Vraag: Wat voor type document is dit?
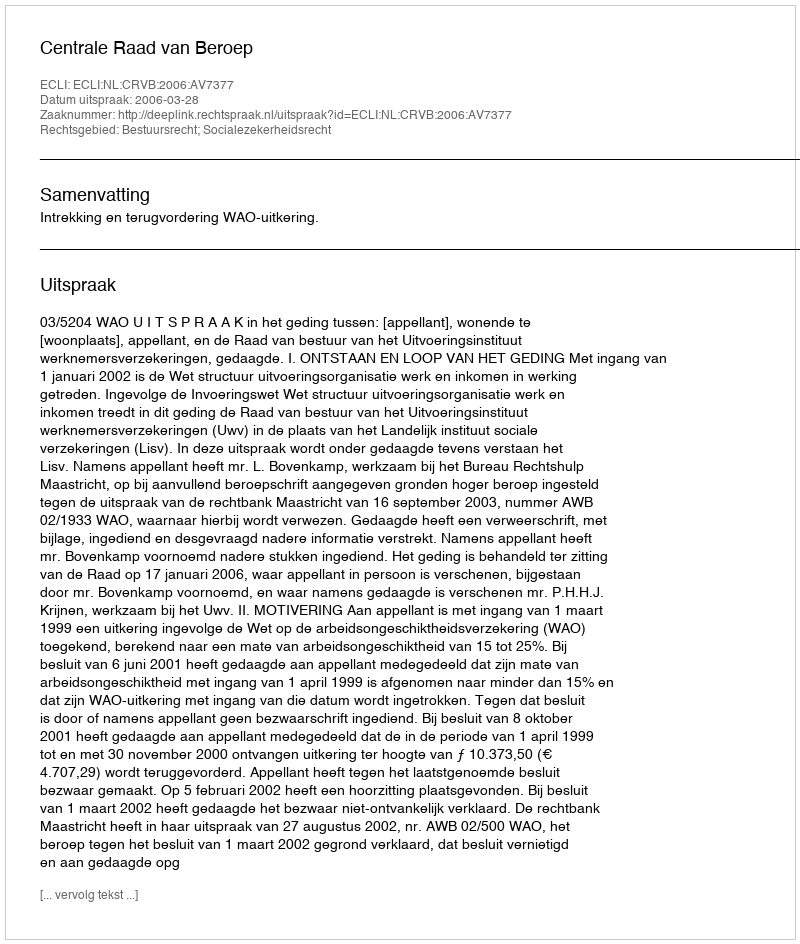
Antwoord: Uitspraak